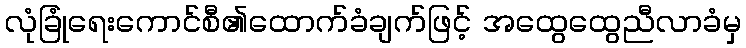
လုံခြုံရေးကောင်စီ၏ထောက်ခံချက်ဖြင့် အထွေထွေညီလာခံမှ